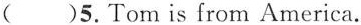
()5.Tom is from America.